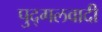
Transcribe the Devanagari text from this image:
पुद्गलवादी